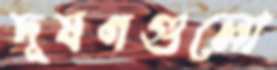
দূষণগুলো